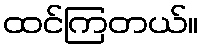
ထင်ကြတယ်။